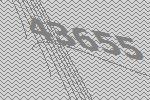
43655